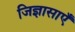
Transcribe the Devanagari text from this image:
जिज्ञासाएँ